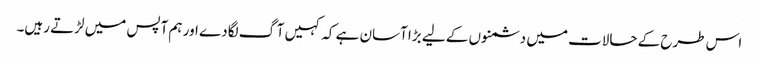
اس طرح کے حالات میں دشمنوں کے لیے بڑا آسان ہے کہ کہیں آگ لگادے اور ہم آپس میں لڑتے رہیں۔